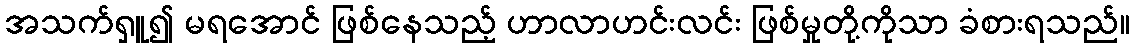
အသက်ရှူ၍ မရအောင် ဖြစ်နေသည့် ဟာလာဟင်းလင်း ဖြစ်မှုတို့ကိုသာ ခံစားရသည်။